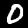
Label: 0